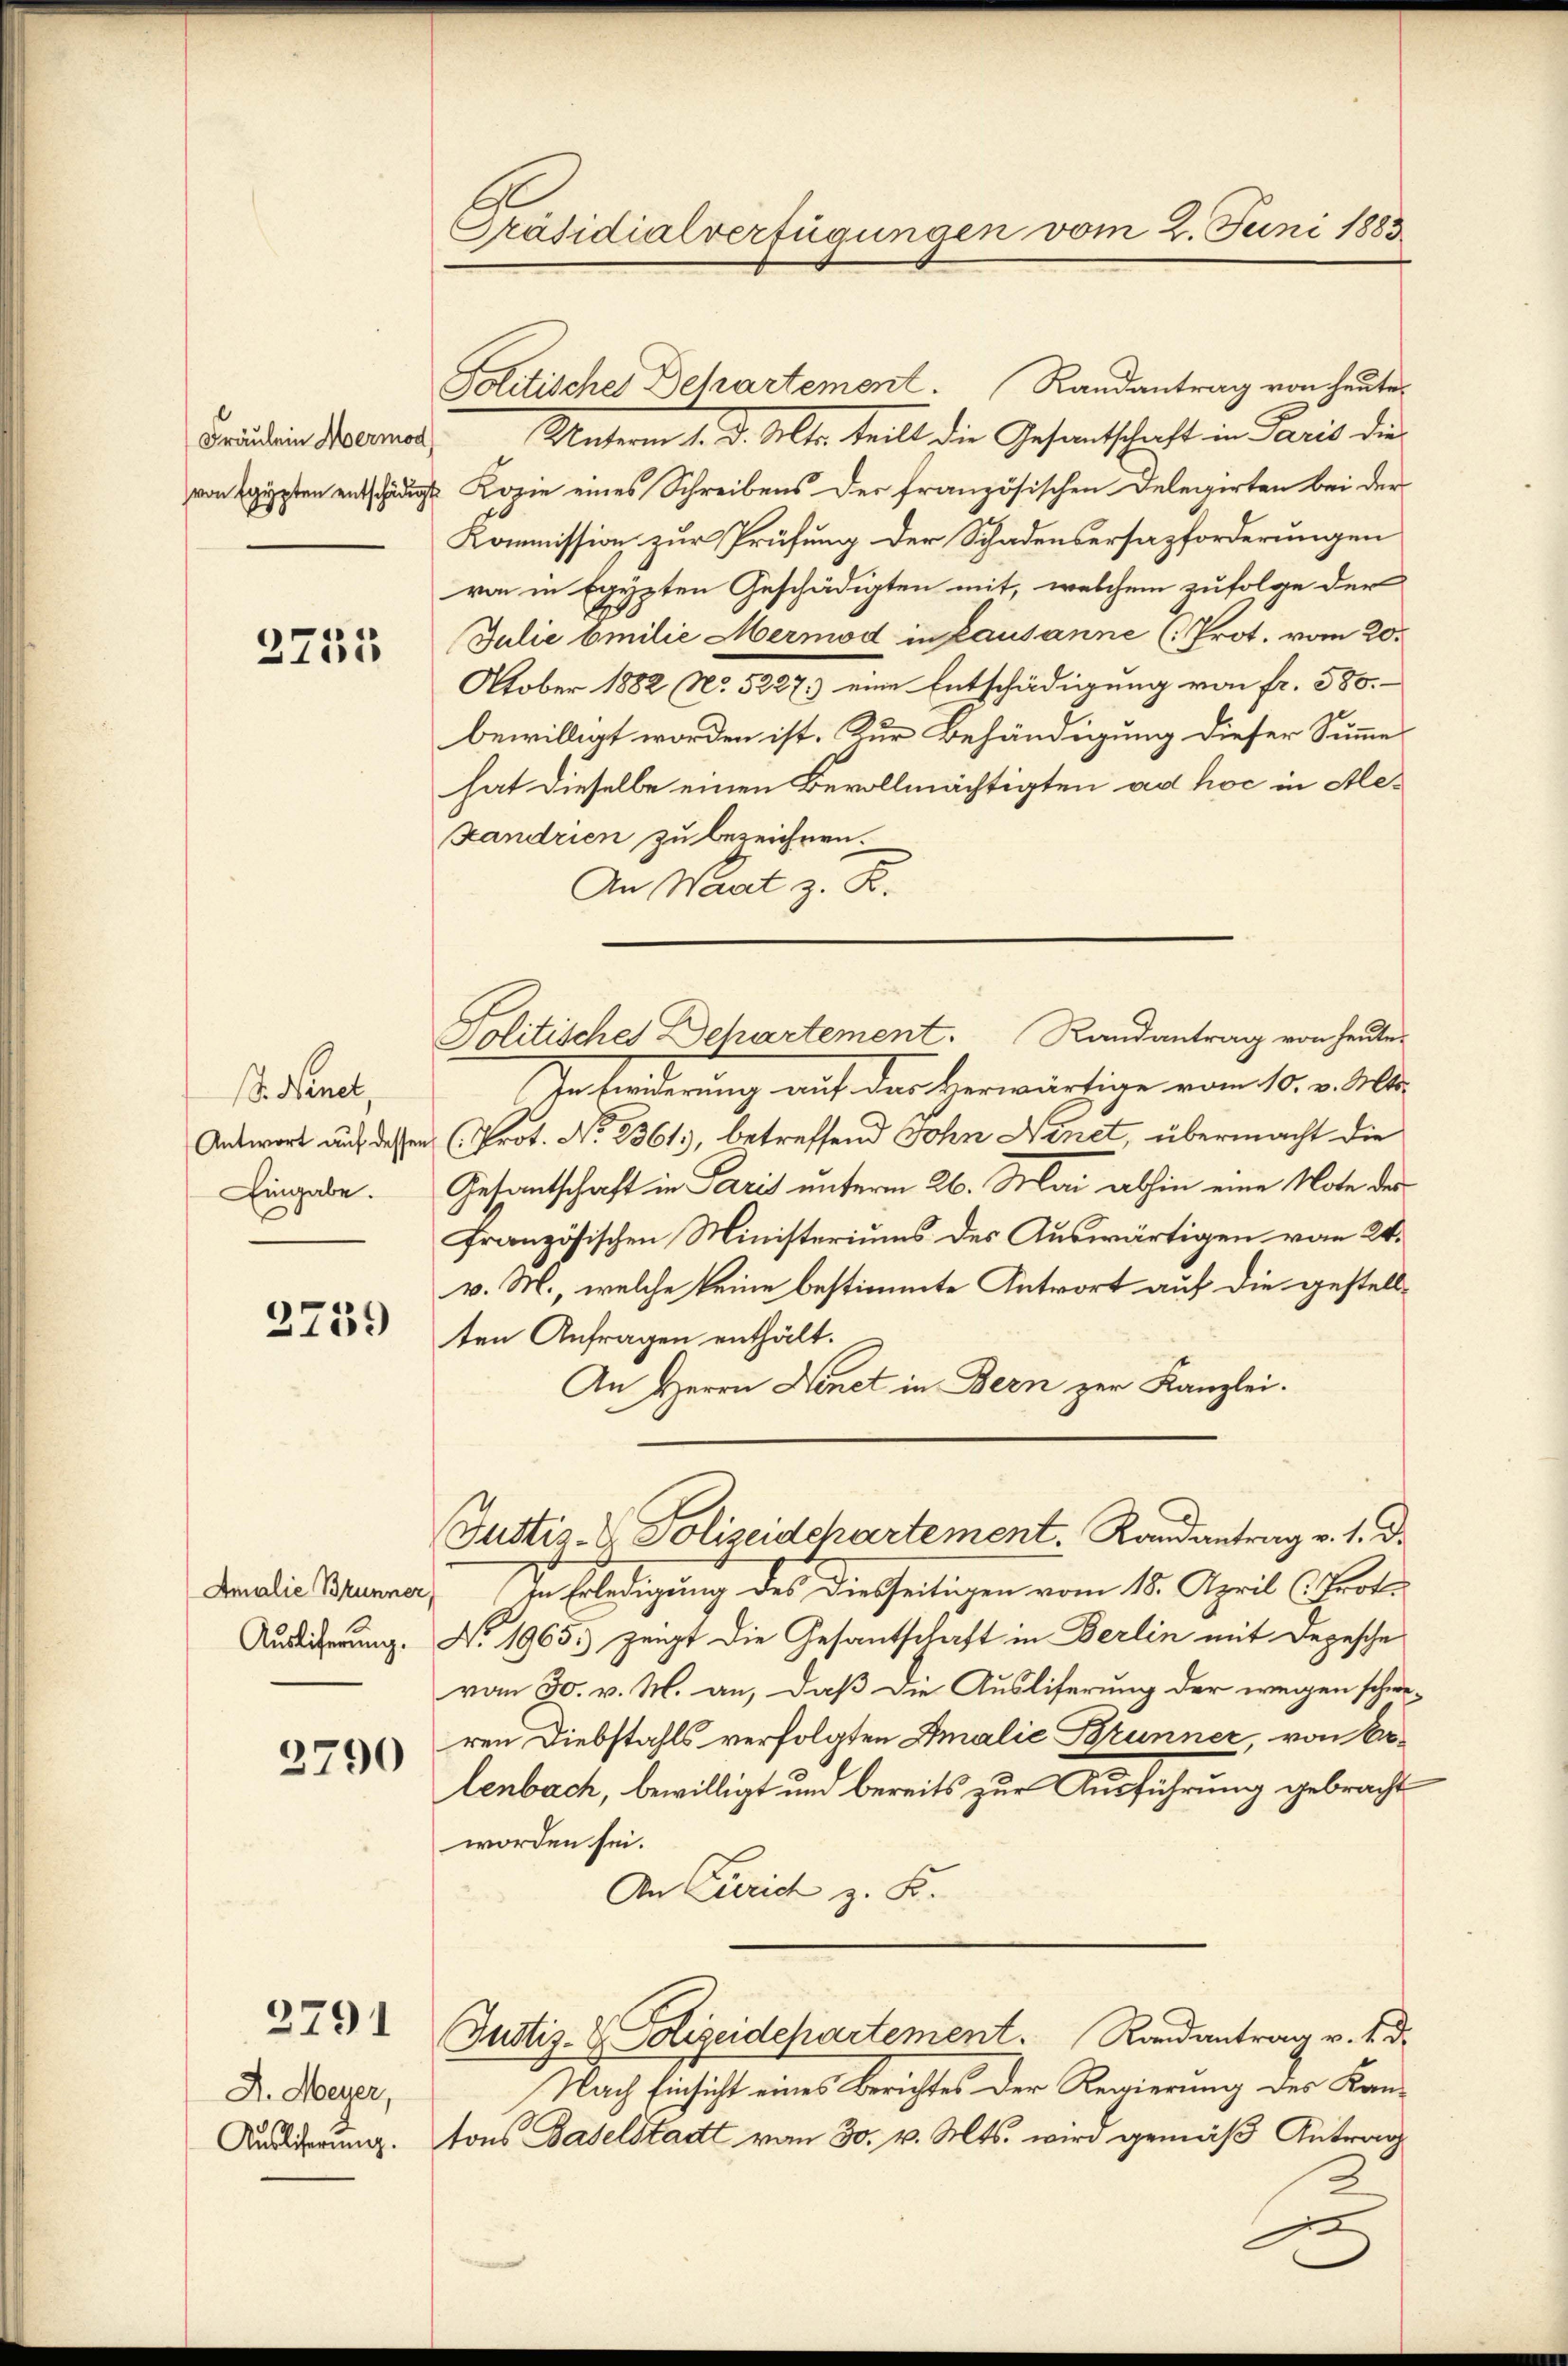
Fräulein Mermod
von Egypten entschädig

2735

. Nenet,
Antwort auf dessen
Eingabe.

2739

Amalie Brunner
Auslicherung.

2790

2791

A. Meyer,
Ausliserung.

Präsidialverfügungen vom 2. Juni 1883.

Politisches Dehartement. Randantrag von heute
Unterm 1. d. Mts. teilt die Gesandtschaft in Paris die
 Kopie eines Schreibens der französischen Delegirten bei der
Kommission zur Prüfung der Schadensersazforderungen
von in Egypten Geschädigten mit, welchem zufolge der
Julie bmilie Mermod in Lausanne (Prot. vom 20.
October 1882 No 5227.) eine Entschädigung von fr. 580.
bewilligt worden ist. Zur Behändigung dieser Summe
hat dieselbe einen Bevollmächtigten ad hoc in Ale¬
Landrien zu bezeichnen.
An Wart z. B.
Politisches Dehartement. Randantrag von heute
Inforderung auf der Herwärtige vom 10. v. Mts.
(Prot. No. 2361), betreffend Sohn Ainet, übermacht die
Gesantschaft in dres unterm 26. Mai abhin eine Note der
französischen Ministeriums des Auswärtigen von 24.
v. M., welche keine bestimmte Antwort auf die gestellten Anfragen enthält.
An Herrn Henet in Bern zur Kanzlei.
Justiz- & Polizeidchartement. Randantrag v. 1. d.
in Erledigung des Diesseitigen vom 18. April (Prot.
No. 1965. zeigt die Gesantschaft in Berlin mit Depesche
von 30. v. M. an, daß die Ausliferung der wegen schwe-
ren Diebstahls verfolgten Amalie Brunner von Erlenbach, bewilligt und bereits zur Ausführung gebracht
worden sei.
An Gerich z. B.
Justiz- & Polizeidepartement. Randantrag v. 4. d.
Nach Einsicht eines Berichtes der Regierung des Kantons Baselstadt von 30. v. Mts. wird gemäß Antrag
2.
e